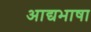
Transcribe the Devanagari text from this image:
आद्यभाषा